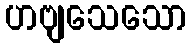
ဟဗျသေသော